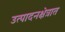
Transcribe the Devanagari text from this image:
उत्पादनक्षेत्रात